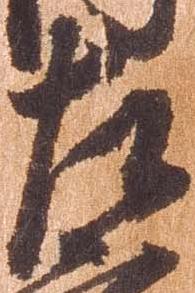
左